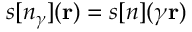
s [ n _ { \gamma } ] ( { \bf r } ) = s [ n ] ( \gamma { \bf r } )